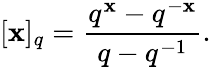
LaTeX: [\mathbf{x}]_{q}=\frac{{q^{\mathbf{x}}-q^{-\mathbf{x}}}}{{q-q^{-1}}}.